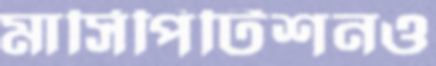
মার্সিপিটিশনও